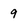
Character: 9